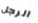
الرجل